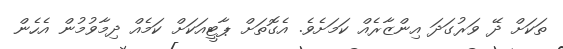
ތަކަށް ދޭ ވަރުގަދަ އިންޒާރެއް ކަމަށެވެ. އެގޮތަށް ޕާޓީއަކަށް ކަމެއް ދިމާވުމުން އެހެން